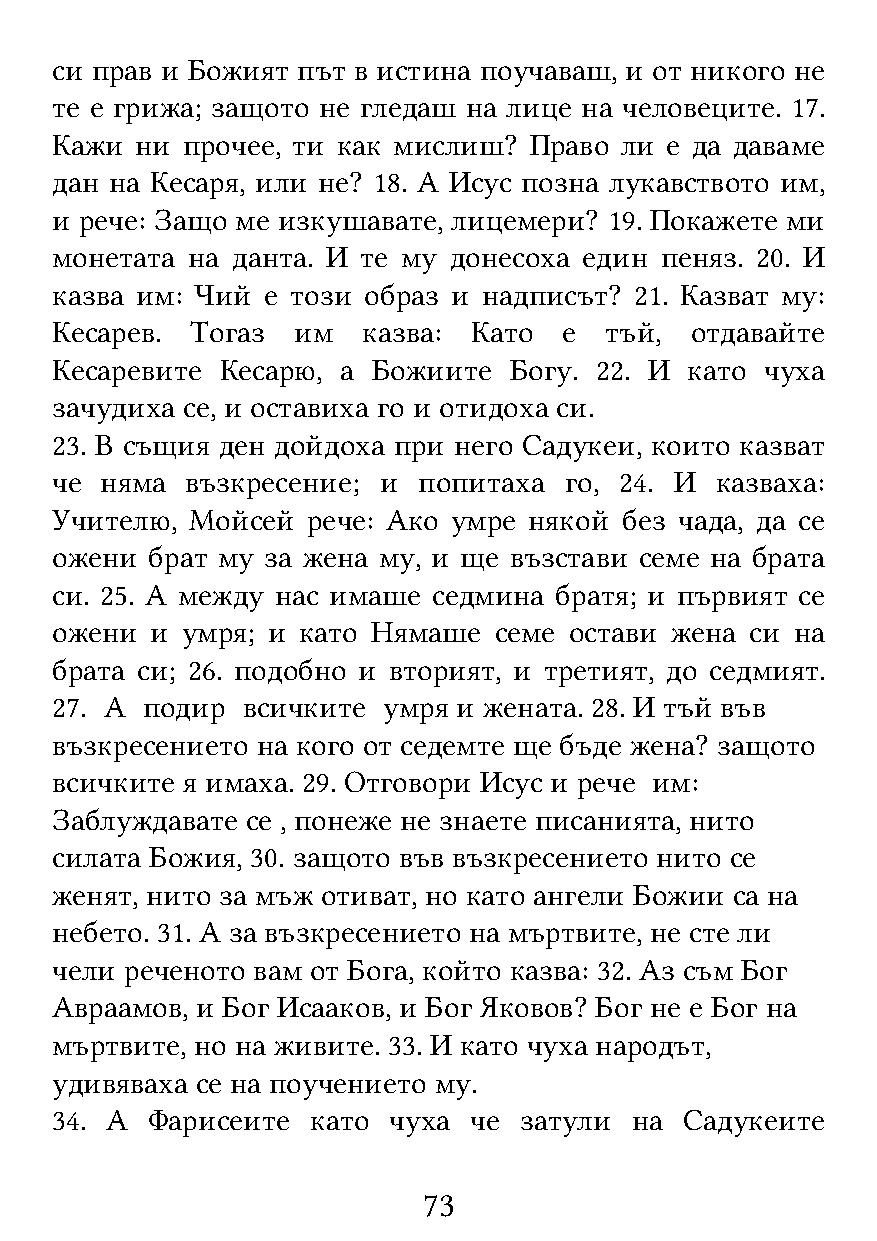
си прав и Божият път в истина поучаваш, и от никого не
 те е грижа; защото не гледаш на лице на человеците. 17.
 Кажи  ни прочее, ти как мислиш? Право ли е да даваме
 дан на Кесаря, или не? 18. А Исус позна лукавството им,
 и рече: Защо ме изкушавате, лицемери? 19. Покажете ми
 монетата на данта. И те му донесоха един пеняз. 20. И
 казва им: Чий е този образ и надписът? 21. Казват му:
 Кесарев.  Тогаз им   казва: Като  е  тъй,  отдавайте
 Кесаревите  Кесарю, а Божиите  Богу. 22. И като чуха
 зачудиха се, и оставиха го и отидоха си.
 23. В същия ден дойдоха при него Садукеи, които казват
 че  няма възкресение; и  попитаха го, 24. И казваха:
 Учителю,  Мойсей рече: Ако умре някой без чада, да се
 ожени  брат му за жена му, и ще възстави семе на брата
 си. 25. А между нас имаше седмина братя; и първият се
 ожени  и умря; и като Нямаше  семе остави жена си на
 брата си; 26. подобно и вторият, и третият, до седмият.
 27. А подир  всичките умря и жената. 28. И тъй във
 възкресението на кого от седемте ще бъде жена? защото
 всичките я имаха. 29. Отговори Исус и рече им:
 Заблуждавате се , понеже не знаете писанията, нито
 силата Божия, 30. защото във възкресението нито се
 женят, нито за мъж отиват, но като ангели Божии са на
 небето. 31. А за възкресението на мъртвите, не сте ли
 чели реченото вам от Бога, който казва: 32. Аз съм Бог
 Авраамов, и Бог Исааков, и Бог Яковов? Бог не е Бог на
 мъртвите, но на живите. 33. И като чуха народът,
 удивяваха се на поучението му.
 34. А  Фарисеите  като чуха че затули  на Садукеите
 73